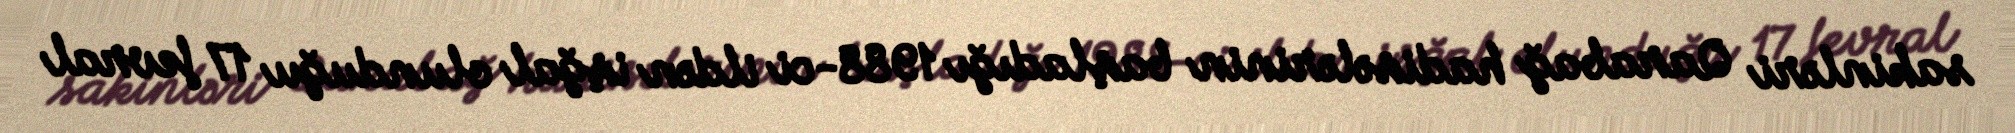
sakinləri Qarabağ hadisələrinin başladığı 1988-ci ildən işğal olunduğu 17 fevral